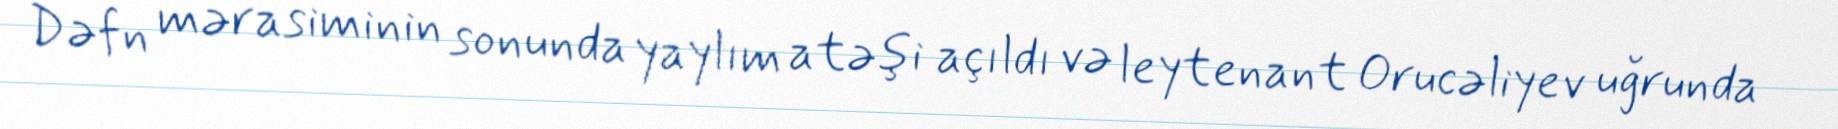
Dəfn mərasiminin sonunda yaylım atəşi açıldı və leytenant Orucəliyev uğrunda